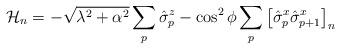
LaTeX: \begin{align*}\mathcal{H}_n=-\sqrt{\lambda^2+\alpha^2}\sum_{p}\hat{\sigma}_p^z-\cos^2\phi \sum_{p}\left [\hat{\sigma}_p^x \hat{\sigma}_{p+1}^x\right ]_n\end{align*}